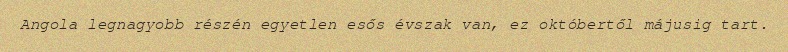
Angola legnagyobb részén egyetlen esős évszak van, ez októbertől májusig tart.